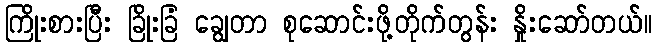
ကြိုးစားပြီး ခြိုးခြံ ချွေတာ စုဆောင်းဖို့တိုက်တွန်း နှိုးဆော်တယ်။